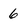
Character: 6